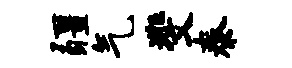
疆气斐泰